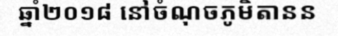
ឆ្នាំ២០១៨ នៅចំណុចភូមិតានន